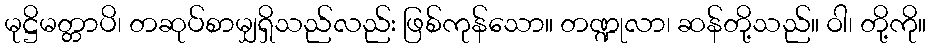
မုဋ္ဌိမတ္တာပိ၊ တဆုပ်စာမျှရှိသည်လည်း ဖြစ်ကုန်သော။ တဏ္ဍုလာ၊ ဆန်တို့သည်။ ဝါ၊ တို့ကို။